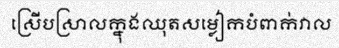
ស្រើបស្រាលក្នុងឈុតសម្លៀកបំពាក់វាល